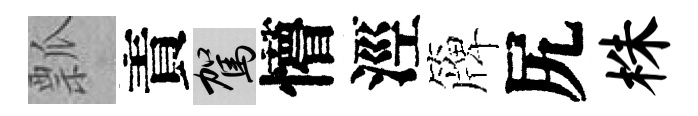
瓢責駕懵涇簰尻株